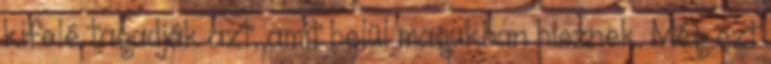
kifelé tagadják azt, amit belül magukban hisznek. Még ezt